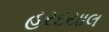
હરદયાલ